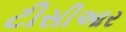
ટીસીઆર